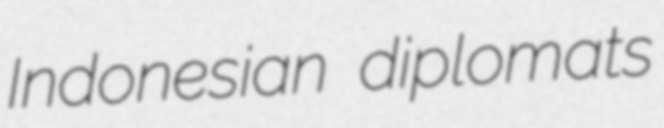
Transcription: Indonesian diplomats